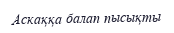
Аскаққа балап пысықты